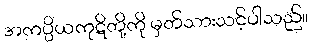
အကပ္ပိယကုဋိတို့ကို မှတ်သားသင့်ပါသည်။